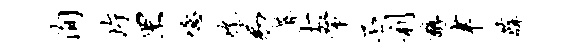
洵片罘噫吮易蓐士帑丕利醇聿薜